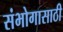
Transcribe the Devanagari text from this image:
संभोगासाठी